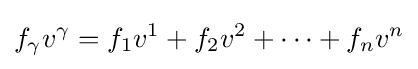
f_{\gamma }v^{\gamma }=f_{1}v^{1}+f_{2}v^{2}+\cdots +f_{n}v^{n}